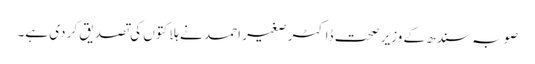
صوبہ سندھ کے وزیر صحت ڈاکٹر صغیر احمد نے ہلاکتوں کی تصدیق کر دی ہے۔